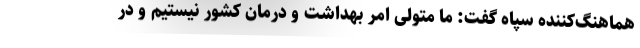
هماهنگ‌کننده سپاه گفت: ما متولی امر بهداشت و درمان کشور نیستیم و در